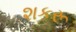
શકરૂ